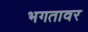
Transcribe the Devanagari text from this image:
भगतावर